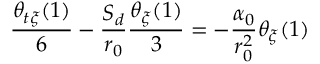
\frac { \theta _ { t \xi } ( 1 ) } { 6 } - \frac { S _ { d } } { r _ { 0 } } \frac { \theta _ { \xi } ( 1 ) } { 3 } = - \frac { \alpha _ { 0 } } { r _ { 0 } ^ { 2 } } \theta _ { \xi } ( 1 )